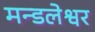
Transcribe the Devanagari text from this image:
मन्डलेश्वर